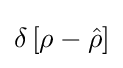
\delta \left[\rho -{\hat {\rho }}\right]